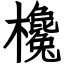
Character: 欃